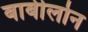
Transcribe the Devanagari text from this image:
बाबीलोन